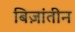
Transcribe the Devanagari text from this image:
बिज़ांतीन